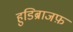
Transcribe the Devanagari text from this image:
हुडिब्राजफ़